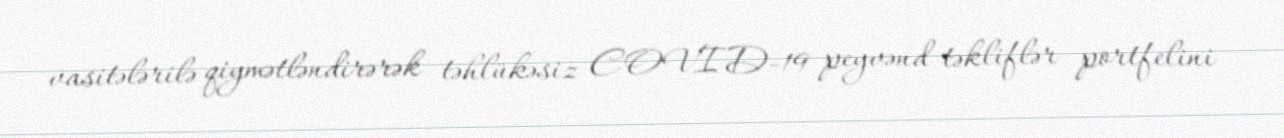
vasitələrilə qiymətləndirərək təhlükəsiz COVID-19 peyvənd təkliflər portfelini